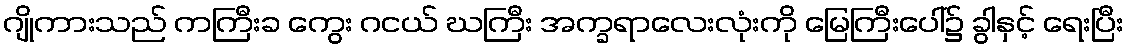
ဂျိုကားသည် ကကြီးခ ကွေး ဂငယ် ဃကြီး အက္ခရာလေးလုံးကို မြေကြီးပေါ်၌ ခွါနှင့် ရေးပြီး